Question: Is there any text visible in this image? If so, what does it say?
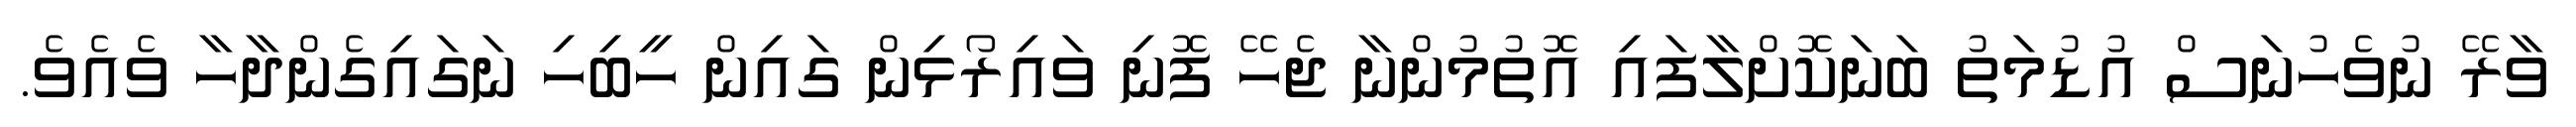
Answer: ވާރޭ ނުވެހުނަސް އުޑުމަތު ބަނަކޮށްލާފައި އޮތުމުންނާ ޖެހޭ ފޮނި ވައިރޯޅިން ގައިން ހީބިހި ނަގައިގެންދާހާ ވެއެވެ.